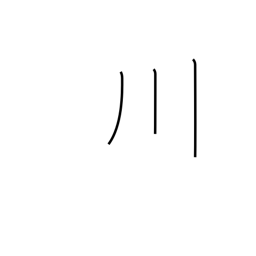
Meaning: river or three-stroke river radical (no. 47)